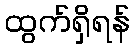
ထွက်ရှိရန်